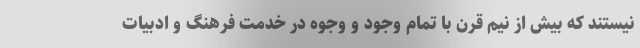
نیستند که بیش از نیم قرن با تمام وجود و وجوه در خدمت فرهنگ و ادبیات